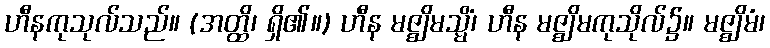
ဟီနကုသုလ်သည်။ (အတ္ထိ၊ ရှိ၏။) ဟီန မဇ္ဈိမသ္မိံ၊ ဟီန မဇ္ဈိမကုသိုလ်၌။ မဇ္ဈိမံ၊